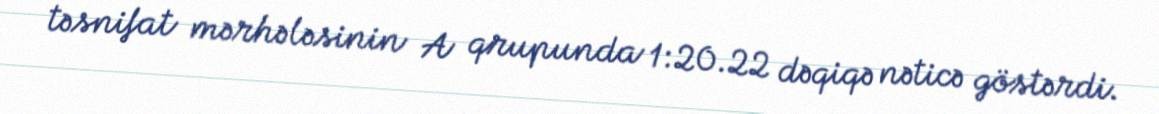
təsnifat mərhələsinin A qrupunda 1:20.22 dəqiqə nəticə göstərdi.